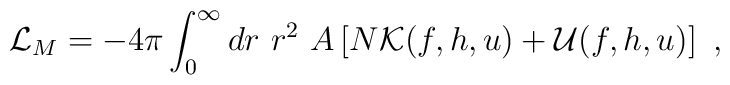
{\cal L}_M=-4\pi\int_0^\infty dr \ r^2 \ A\left[N {\cal{K}}(f,h,u)+{\cal{U}}(f,h,u)\right] \ ,